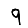
Digit: 9